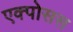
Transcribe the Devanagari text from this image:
एक्पोसस